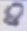
Text: 8